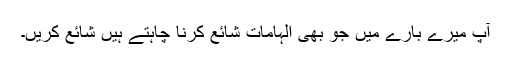
آپ میرے بارے میں جو بھی الہامات شائع کرنا چاہتے ہیں شائع کریں۔